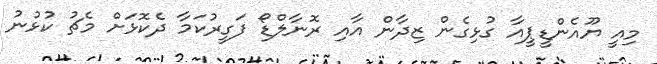
މިއީ ޔޫއެންޑީޕީއާ ގުޅިގެން ޒިދާން އާއި ރޮނާލްޑޯ ފަގީރުކަމާ ދެކޮޅަށް މެޗު ކުޅުނު